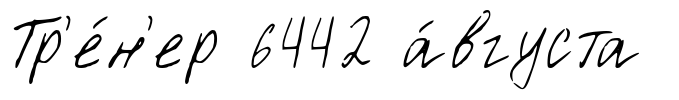
Тр'е́н'ер 6442 а́вгуста